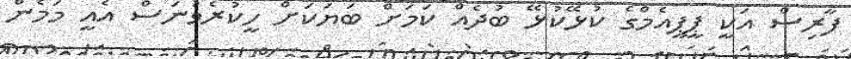
ފާރިސް އަކީ ޕީޕީއެމްގެ ކުޅޭކުޅޭ ބުދެއް ކަމަށް ބަޔަކަށް ހީކުރެވުނަސް އެއީ މަމެން